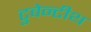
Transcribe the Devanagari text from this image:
टुवेन्टीथ